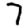
Digit: 7